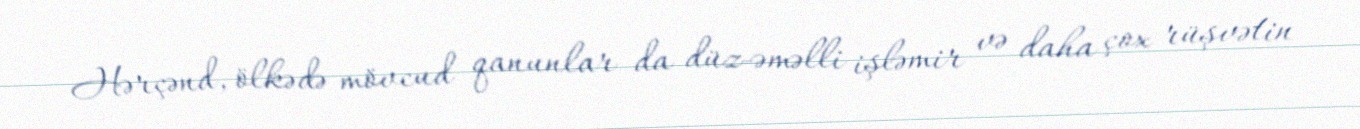
Hərçənd, ölkədə mövcud qanunlar da düz-əməlli işləmir və daha çox rüşvətin